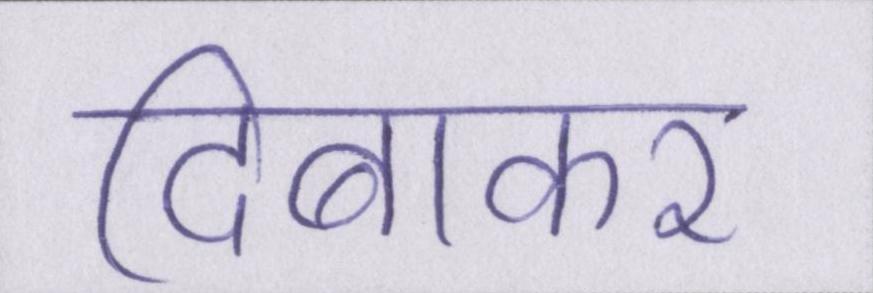
दिबाकर